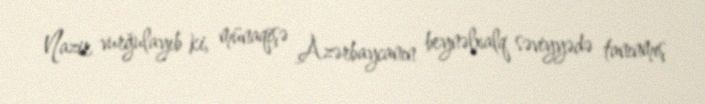
Nazir vurğulayıb ki, münaqişə Azərbaycanın beynəlxalq səviyyədə tanınmış